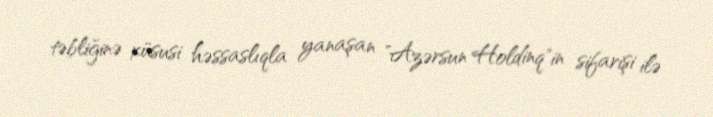
təbliğinə xüsusi həssaslıqla yanaşan "Azərsun Holdinq"in sifarişi ilə